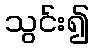
သွင်း၍